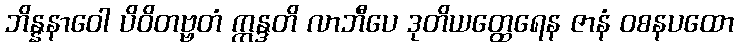
ဘိန္နနာဝေါ ပိဝိတဗ္ဗတံ ဣန္ဒတိ လာဘီပေ ဒုတိယတ္ထေရေန ဇာနံ ဝစနပထော